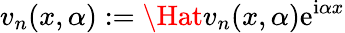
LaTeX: v_{n}(x,\alpha):=\Hat{v}_{n}(x,\alpha)\mathrm{e}^{\mathrm{i}\alpha x}